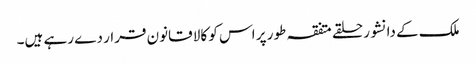
ملک کے دانشور حلقے متفقہ طور پر اس کو کالا قانون قرار دے رہے ہیں۔